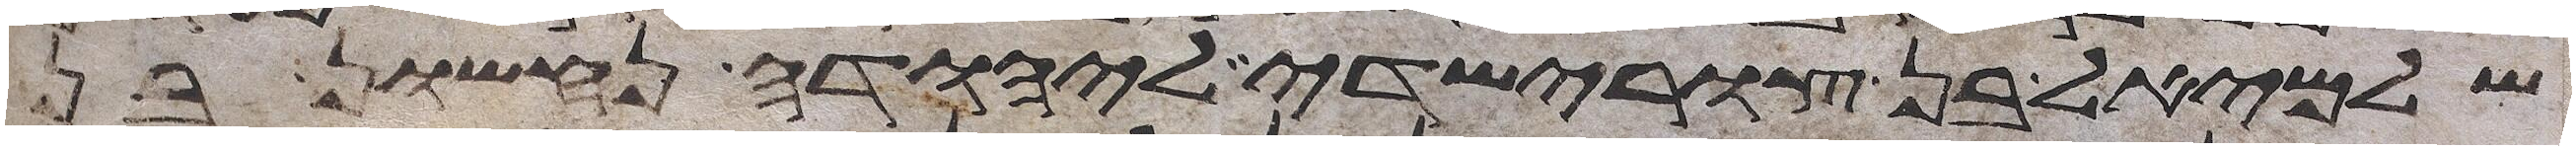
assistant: שלמיאל בן צורישדה ליהודה נחשון בן